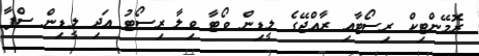
ރޮމޭންޓިކް ރިސޯޓާއި ރާއްޖޭގެ ލީޑިން ވޯޓާ ވިލާ ރިސޯޓު އަދި ލީޑިން ސްޕާ